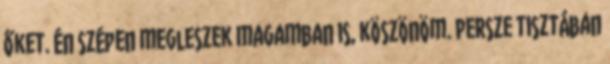
őket. Én szépen megleszek magamban is, köszönöm. Persze tisztában